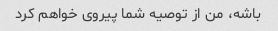
باشه، من از توصیه شما پیروی خواهم کرد